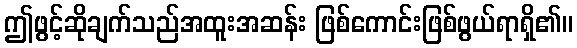
ဤဖွင့်ဆိုချက်သည်အထူးအဆန်း ဖြစ်ကောင်းဖြစ်ဖွယ်ရာရှိ၏။